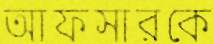
আফসারকে